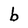
Character: b